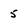
Character: 5